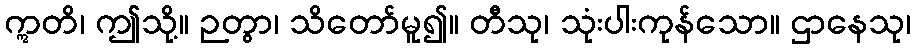
ဣတိ၊ ဤသို့။ ဉတွာ၊ သိတော်မူ၍။ တီသု၊ သုံးပါးကုန်သော။ ဌာနေသု၊